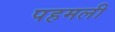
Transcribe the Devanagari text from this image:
पहमली